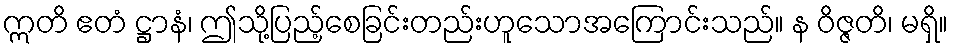
ဣတိ ဧတံ ဋ္ဌာနံ၊ ဤသို့ပြည့်စေခြင်းတည်းဟူသောအကြောင်းသည်။ န ဝိဇ္ဇတိ၊ မရှိ။